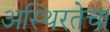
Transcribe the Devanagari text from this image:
अस्थिरतेचा